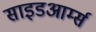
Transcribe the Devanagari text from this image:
साइडआर्म्स